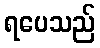
ရပေသည်